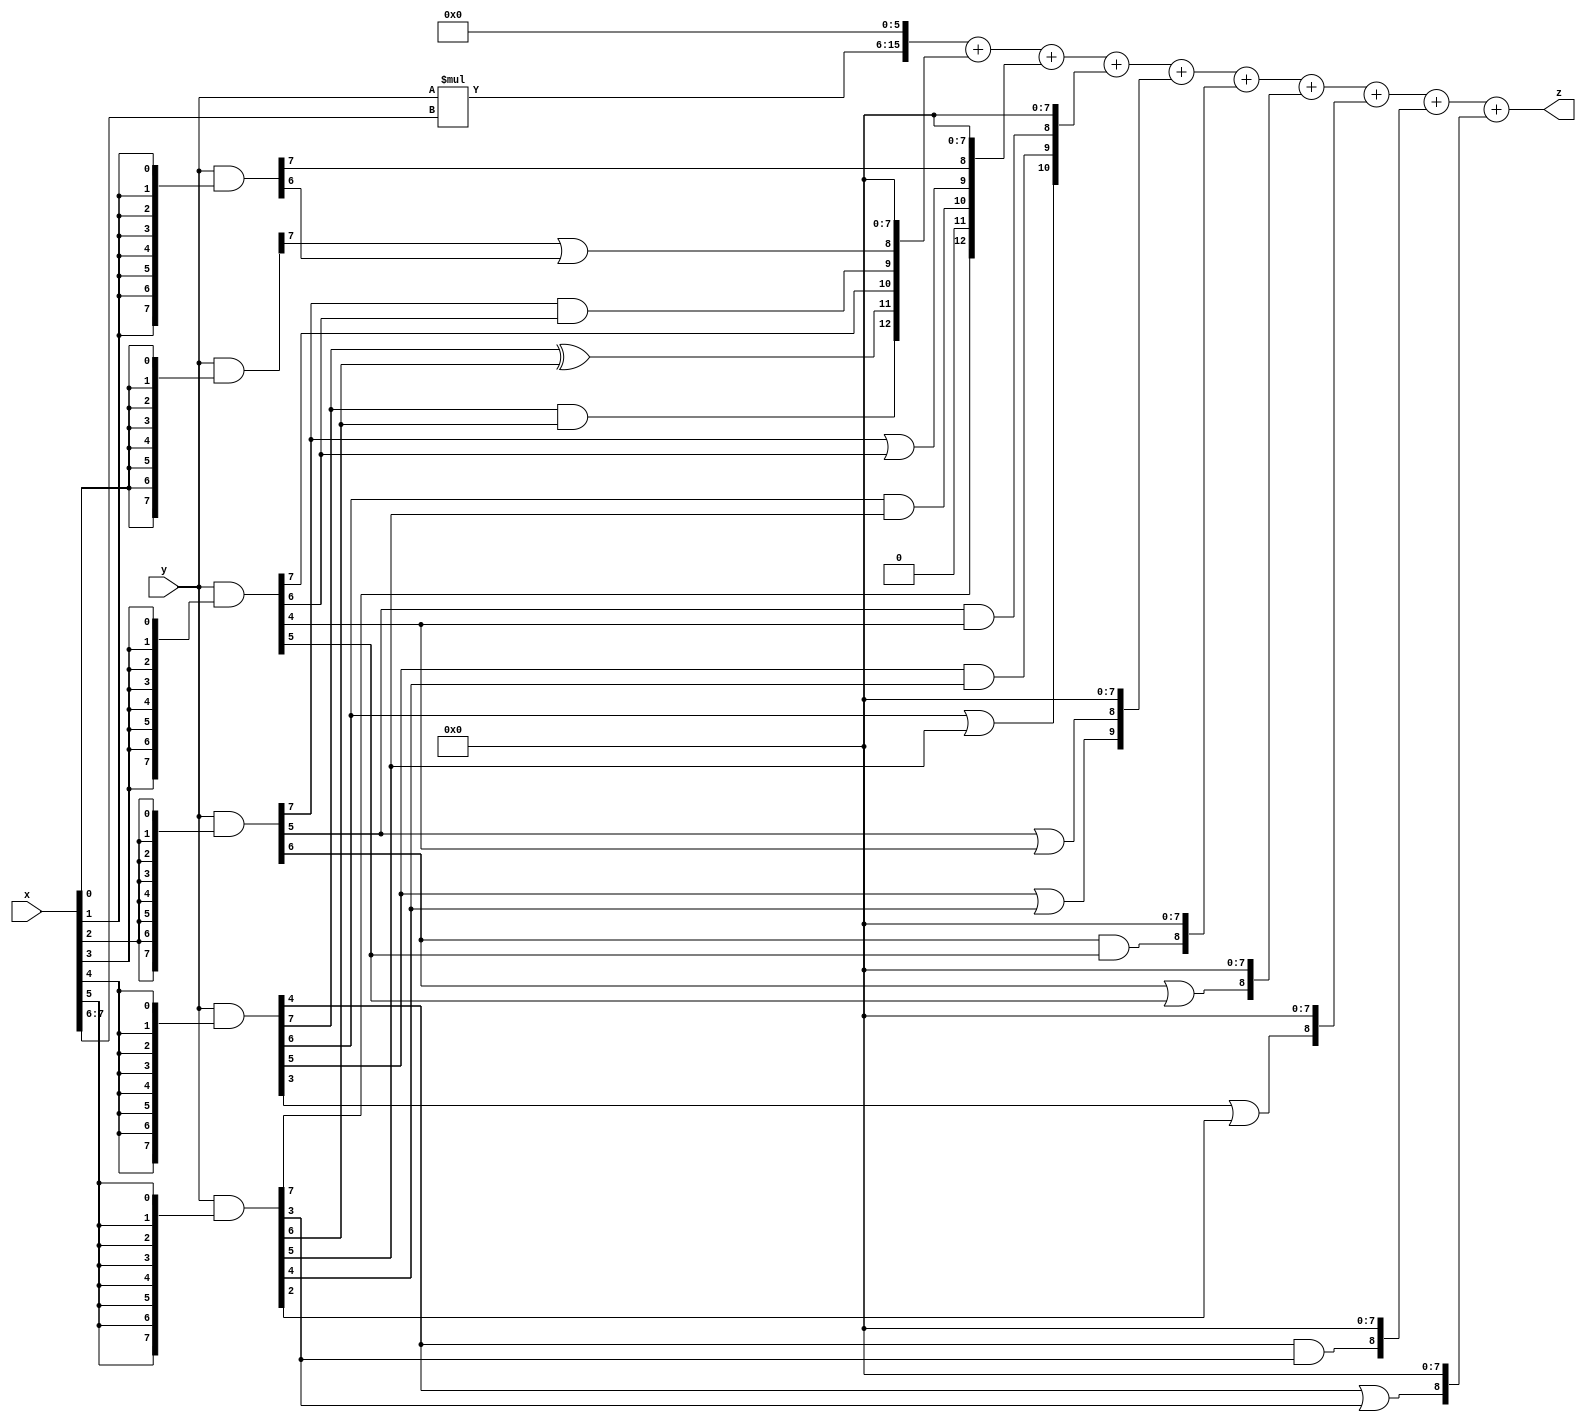
// terms: 19
// fval:  59286.25

module unsigned_8x8_l6_lamb2400_0 (
	input [7:0] x,
	input [7:0] y,
	output [15:0] z
);

wire [9:0] tmp_z = y*x[7:6];

wire [7:0] part1 =  y & {8{x[0]}};
wire [7:0] part2 =  y & {8{x[1]}};
wire [7:0] part3 =  y & {8{x[2]}};
wire [7:0] part4 =  y & {8{x[3]}};
wire [7:0] part5 =  y & {8{x[4]}};
wire [7:0] part6 =  y & {8{x[5]}};

wire [12:0] new_part1;
assign new_part1[0] = 0;
assign new_part1[1] = 0;
assign new_part1[2] = 0;
assign new_part1[3] = 0;
assign new_part1[4] = 0;
assign new_part1[5] = 0;
assign new_part1[6] = 0;
assign new_part1[7] = 0;
assign new_part1[8] = part1[7] | part2[6];
assign new_part1[9] = part3[7] & part4[6];
assign new_part1[10] = part4[7];
assign new_part1[11] = part5[7] ^ part6[6];
assign new_part1[12] = part5[7] & part6[6];

wire [12:0] new_part2;
assign new_part2[0] = 0;
assign new_part2[1] = 0;
assign new_part2[2] = 0;
assign new_part2[3] = 0;
assign new_part2[4] = 0;
assign new_part2[5] = 0;
assign new_part2[6] = 0;
assign new_part2[7] = 0;
assign new_part2[8] = part2[7];
assign new_part2[9] = part3[7] | part4[6];
assign new_part2[10] = part5[6] & part6[5];
assign new_part2[11] = 0;
assign new_part2[12] = part6[7];

wire [10:0] new_part3;
assign new_part3[0] = 0;
assign new_part3[1] = 0;
assign new_part3[2] = 0;
assign new_part3[3] = 0;
assign new_part3[4] = 0;
assign new_part3[5] = 0;
assign new_part3[6] = 0;
assign new_part3[7] = 0;
assign new_part3[8] = part3[5] & part4[4];
assign new_part3[9] = part5[5] & part6[4];
assign new_part3[10] = part5[6] | part6[5];

wire [9:0] new_part4;
assign new_part4[0] = 0;
assign new_part4[1] = 0;
assign new_part4[2] = 0;
assign new_part4[3] = 0;
assign new_part4[4] = 0;
assign new_part4[5] = 0;
assign new_part4[6] = 0;
assign new_part4[7] = 0;
assign new_part4[8] = part3[5] | part4[4];
assign new_part4[9] = part5[5] | part6[4];

wire [8:0] new_part5;
assign new_part5[0] = 0;
assign new_part5[1] = 0;
assign new_part5[2] = 0;
assign new_part5[3] = 0;
assign new_part5[4] = 0;
assign new_part5[5] = 0;
assign new_part5[6] = 0;
assign new_part5[7] = 0;
assign new_part5[8] = part3[6] & part4[5];

wire [8:0] new_part6;
assign new_part6[0] = 0;
assign new_part6[1] = 0;
assign new_part6[2] = 0;
assign new_part6[3] = 0;
assign new_part6[4] = 0;
assign new_part6[5] = 0;
assign new_part6[6] = 0;
assign new_part6[7] = 0;
assign new_part6[8] = part3[6] | part4[5];

wire [8:0] new_part7;
assign new_part7[0] = 0;
assign new_part7[1] = 0;
assign new_part7[2] = 0;
assign new_part7[3] = 0;
assign new_part7[4] = 0;
assign new_part7[5] = 0;
assign new_part7[6] = 0;
assign new_part7[7] = 0;
assign new_part7[8] = part5[3] | part6[2];

wire [8:0] new_part8;
assign new_part8[0] = 0;
assign new_part8[1] = 0;
assign new_part8[2] = 0;
assign new_part8[3] = 0;
assign new_part8[4] = 0;
assign new_part8[5] = 0;
assign new_part8[6] = 0;
assign new_part8[7] = 0;
assign new_part8[8] = part5[4] & part6[3];

wire [8:0] new_part9;
assign new_part9[0] = 0;
assign new_part9[1] = 0;
assign new_part9[2] = 0;
assign new_part9[3] = 0;
assign new_part9[4] = 0;
assign new_part9[5] = 0;
assign new_part9[6] = 0;
assign new_part9[7] = 0;
assign new_part9[8] = part5[4] | part6[3];

assign z = {tmp_z, 6'd 0} + new_part1 + new_part2 + new_part3 + new_part4 + new_part5 + new_part6 + new_part7 + new_part8 + new_part9;
endmodule